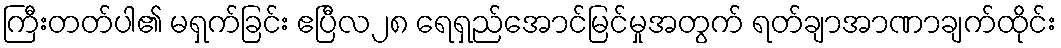
ကြီးတတ်ပါ၏ မရှက်ခြင်း ဧပြီလ၂၈ ရေရှည်အောင်မြင်မှုအတွက် ရတ်ချာအာဏာချက်ထိုင်း